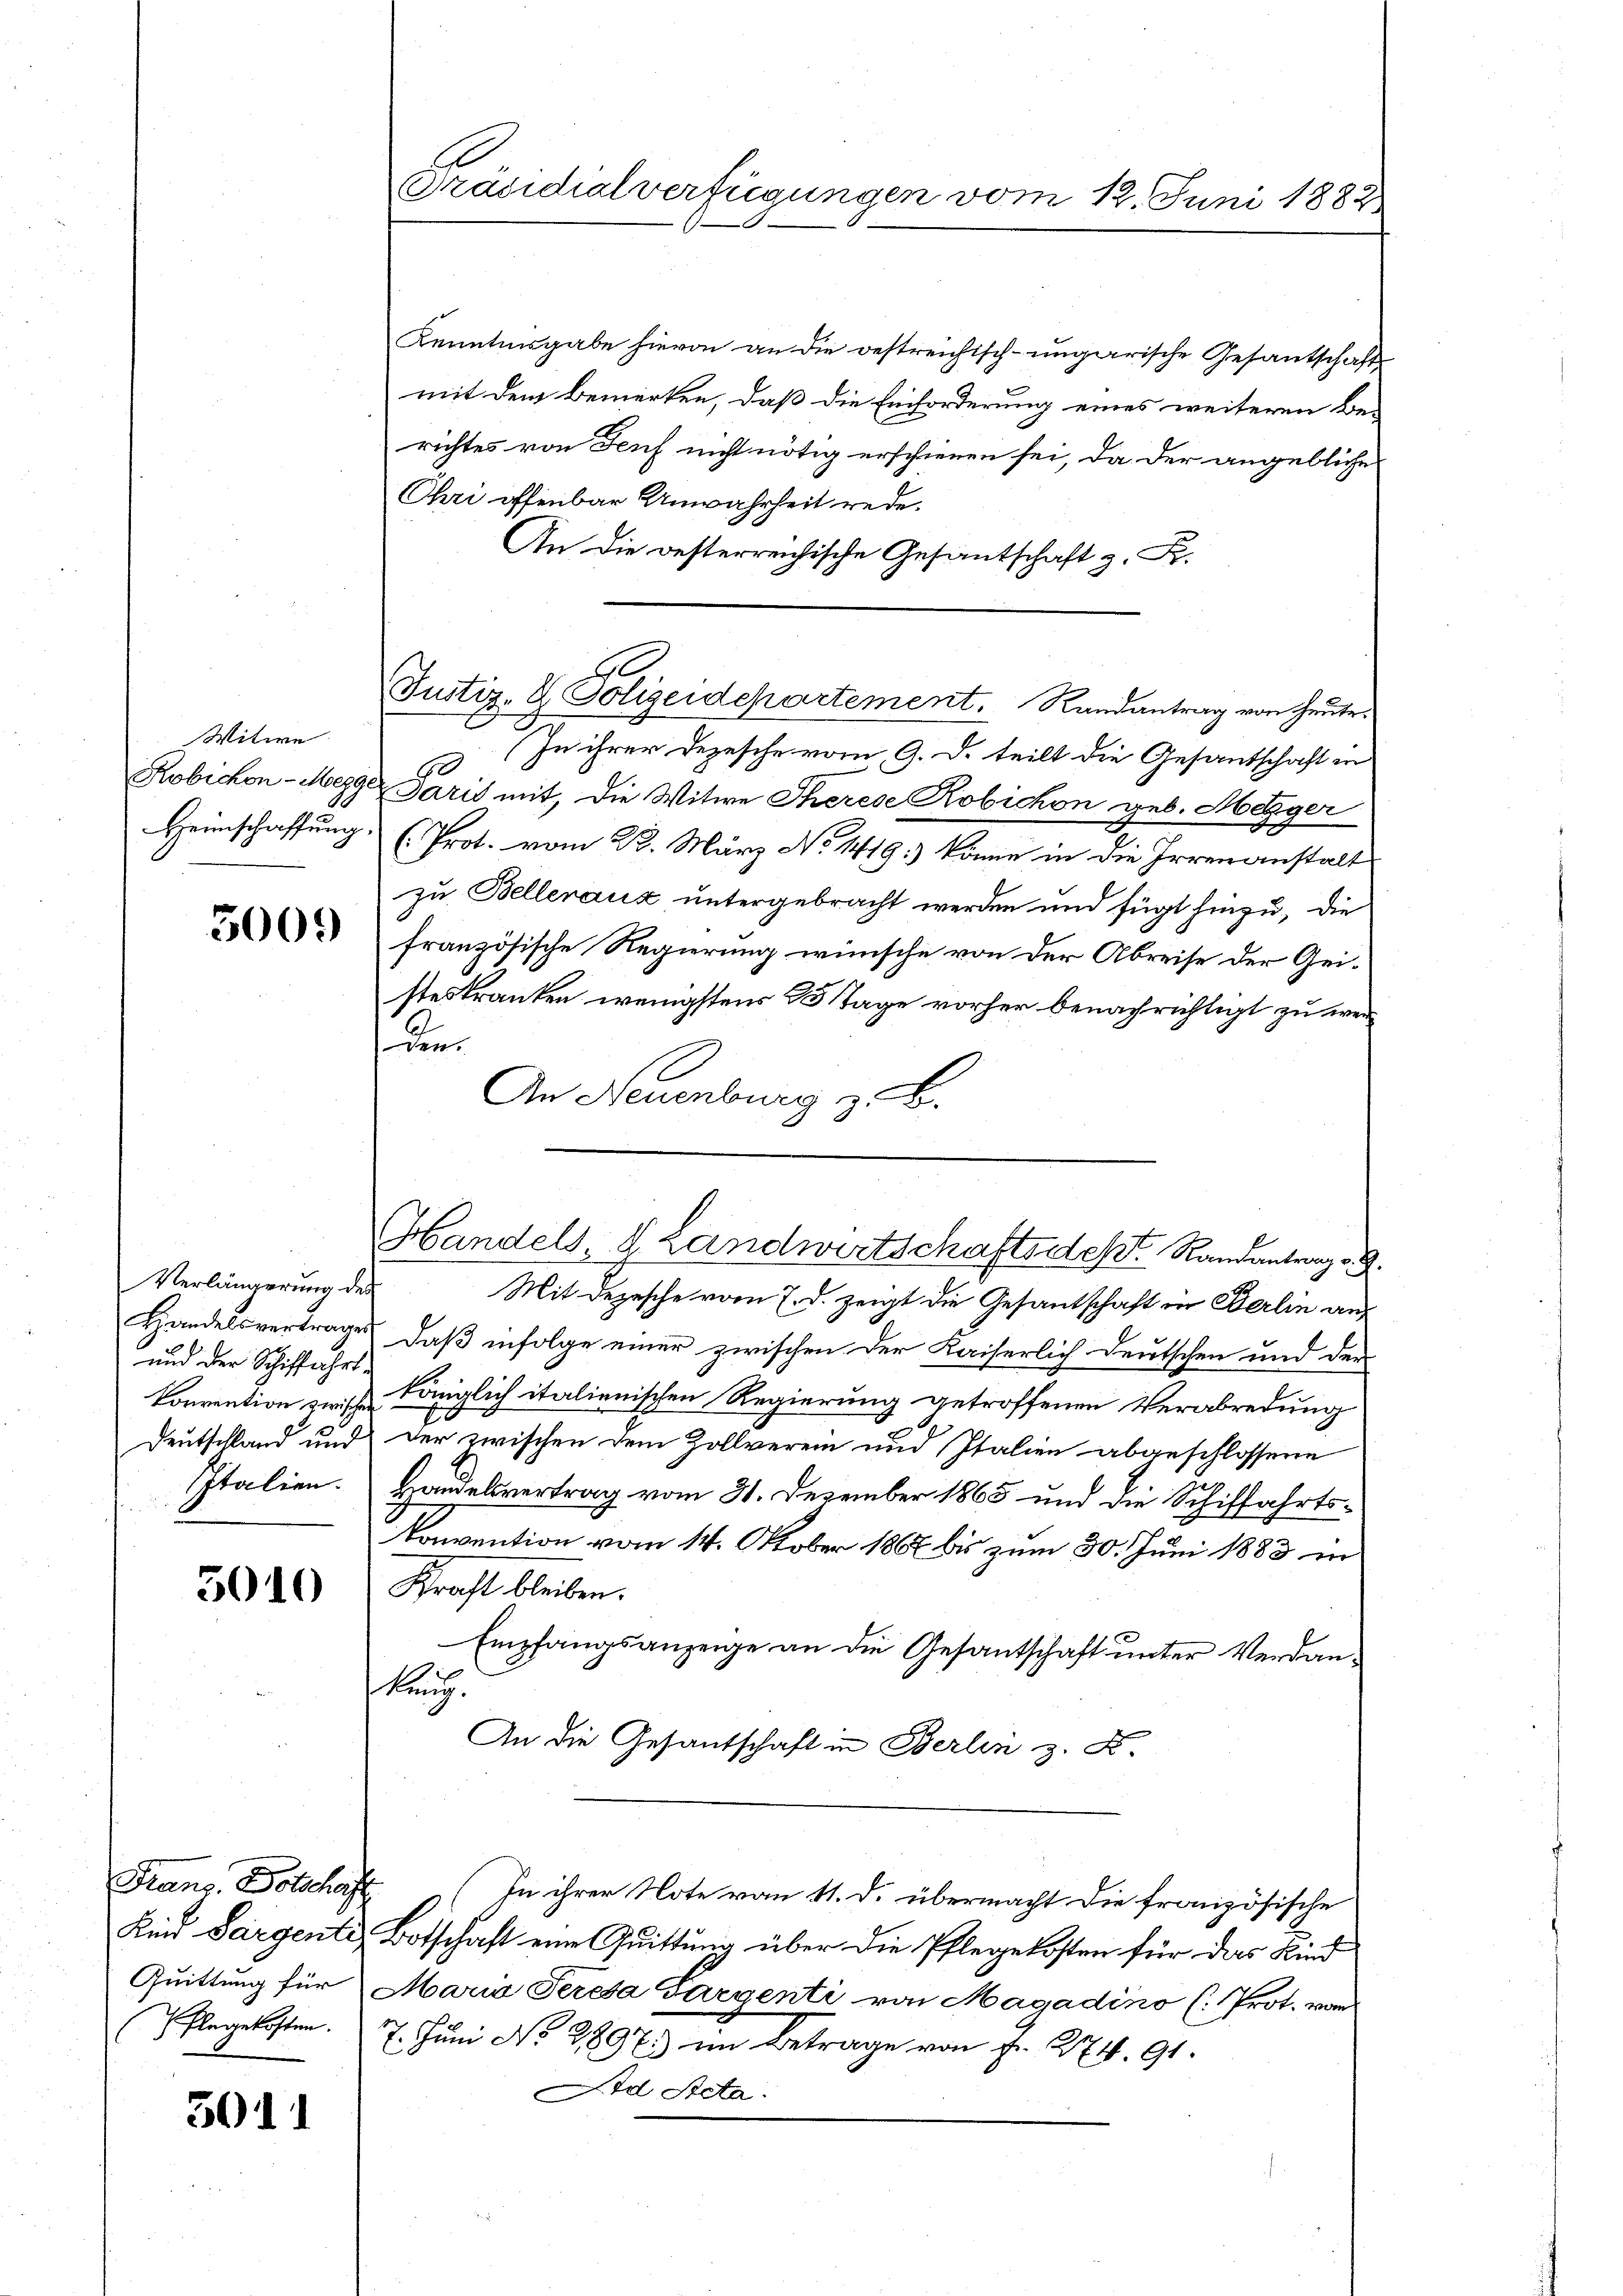
Witwe
Robichen - Megge
Heimschaffung

300.

Verlängerung des
und der Schiffahrt¬
Corrention zwische
Deutschland und
Italien.

5010

Fans. Dotschaft
Flegekosten.

3011

Präsidialverfügungen vom 12. Juni 1882

G
Justiz- & Polizeidepartement. Randantrag von Heute.

Kenntnisgabe hievon an die bestreichisch-ungarische Gesantschafts
mit dem Bemerken, daß die Einforderung eines weiteren Berichtes von Feuf nicht nötig erschienen sei, da der angebliche
Chri offenbar Unwahrheit rede.
An die gesterreichische Gesantschaft z. Fr.
 In ihrer Depesche vom 9. d. teilt die Gesandschaft in
Paris mit, die Witwe Therese Robichon geb. Mezger
(Prot. vom 22. März No 1419.) könne in die Irrenanstalt
zu Belleraux untergebracht werden und fügt hinzu, die
französische Regierung wünsche von der Abreise der Geisteskranken wenigstens 25 Tage vorher benachrichtigt zu werden
An Neuenburg z. B.

Handels, d. Landwirtschaftsdest. Randantrag v. 9.

Mit Depesche vom 7. d. zeigt die Gesandschaft in Berlin auf
Handelsvertrages, daß infolge einer zwischen der Kaiserlich Deutschen und der
königlich italienischen Regierung getroffenen Verabredung
der zwischen dem Zollverein und Italien abgeschlossene
Handelsvertrag vom 31. Dezember 1865 und die Schiffahrts¬
Convention vom 14. Oktober 1867 bis zum 30. Juni 1883 in
Straft bleiben.
Empfangsanzeige an die Gesantschaft unter Verdanbez.
An die Gesantschaft in Berlin z. B.
In ihrer Note vom 11. d. übermacht die französische
Kind Sargente, Botschaft eine Quittung über die Pflegekosten für das Kind
Quittung für Maria Peresa Pargenti von Magadino (: Prot. vom
7. Juni No 2896) im Betrage von Fr. 274. 91.
Ad Acta.